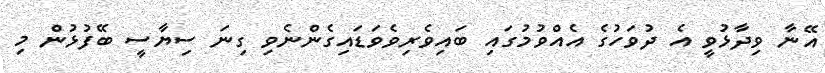
އޭނާ ވިދާޅުވީ އެ ދުވަހުގެ އެއްވުމުގައި ބައިވެރިވެވަޑައިގެންނެވި ގިނަ ސިޔާސީ ބޭފުޅުން މި